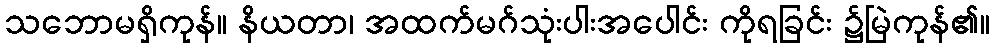
သဘောမရှိကုန်။ နိယတာ၊ အထက်မဂ်သုံးပါးအပေါင်း ကိုရခြင်း ၌မြဲကုန်၏။